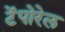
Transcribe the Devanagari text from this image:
टेंपोरेल